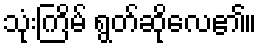
သုံးကြိမ် ရွတ်ဆိုလေ၏။